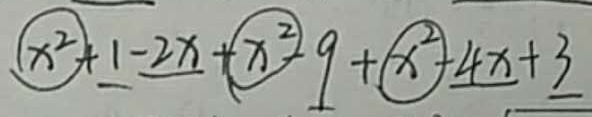
x ^ { 2 } + 1 - 2 x + x ^ { 2 } - 9 + x ^ { 2 } - 4 x + 3